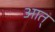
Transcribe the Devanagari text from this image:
आत्